Annual report of the Bengal Veterinary College and of the Civil Veterinary Department, Bengal, for the year 1913-1914 - 1913-1914
Year: 1913
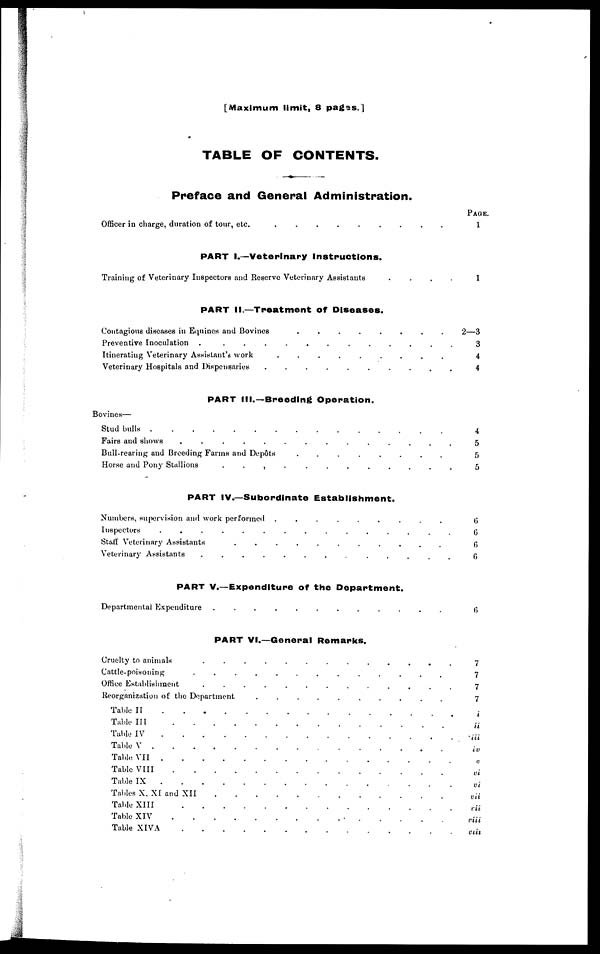
[Maximum limit, 8 pages.]
TABLE OF CONTENTS.
Preface and General Administration.
Officer in charge, duration of tour, etc
.
.
.
.
.
.
.
.
.
PART I.—Veterinary Instructions.
Training of Veterinary Inspectors and Reserve Veterinary Assistants
.
.
.
.
PART II.—Treatment of Diseases.
Contagious diseases in Equines and Bovines
.
.
.
.
.
.
.
.
Preventive Inoculation . . . . . . . . . . . . .
Itinerating Veterinary Assistant's work . . . . . . . . .
Veterinary Hospitals and Dispensaries . . . . . . . . . .
PART III.—Breeding Operation.
Bovines—
Stud bulls
.
.
.
.
.
.
.
.
.
.
.
.
.
.
.
Fairs and shows . . . . . . . . . . . . . .
Bull-rearing and Breeding Farms and Depôts
.
.
.
.
.
.
.
.
Horse and Pony Stallions . . . . . . . . . . . .
PART IV.—Subordinate Establishment.
Numbers, supervision and work performed
.
.
.
.
.
.
.
.
.
Inspectors . . . . . . . . . . . . . . .
Staff Veterinary Assistants
.
.
.
.
.
.
.
.
.
.
.
Veterinary Assistants
.
.
.
.
.
.
.
.
.
.
.
.
.
PART V.—Expenditure of the Department.
Departmental Expenditure
.
.
.
.
.
.
.
.
.
.
.
.
PART VI.—General Remarks.
Cruelty to animals . . . . . . . . . . . . .
Cattle-poisoning
.
.
.
.
.
.
.
.
.
.
.
.
.
Office Establishment
.
.
.
.
.
.
.
.
.
.
.
.
.
Reorganization of the Department . . . . . . . . . .
Table II
.
.
.
.
.
.
.
.
.
.
.
.
.
.
.
Table III
.
.
.
.
.
.
.
.
.
.
.
.
.
.
.
Table IV. . . . . . . . . . . . . . .
Table V. . . . . . . . . . . . . . . .
Table VII
.
.
.
.
.
.
.
.
.
.
.
.
.
.
Table VIII . . . . . . . . . . . .
Table IX
.
.
.
.
.
.
.
.
.
.
.
.
.
.
Tables X, XI and XII
.
.
.
.
.
.
.
.
.
.
.
.
.
Table XIII
.
.
.
.
.
.
.
.
.
.
.
.
.
.
Table XIV
.
.
.
.
.
.
.
.
.
.
.
.
.
.
Table XIVA . . . . . . . . . . . . . .
Page.
1
1
2—3
3
4
4
4
5
5
5
6
6
6
6
6
7
7
7
7
i
ii
iii
iv
v
vi
vi
vii
vii
viii
viii